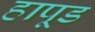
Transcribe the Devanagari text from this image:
हापूड